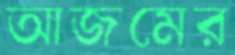
আজমের